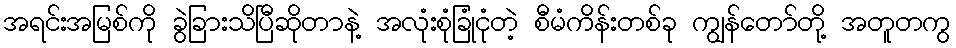
အရင်းအမြစ်ကို ခွဲခြားသိပြီဆိုတာနဲ့ အလုံးစုံခြုံငုံတဲ့ စီမံကိန်းတစ်ခု ကျွန်တော်တို့ အတူတကွ